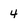
Character: 4